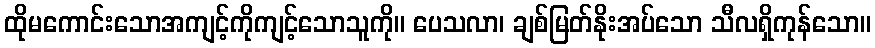
ထိုမကောင်းသောအကျင့်ကိုကျင့်သောသူကို။ ပေသလာ၊ ချစ်မြတ်နိုးအပ်သော သီလရှိကုန်သော။